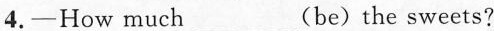
4.—How much___(be)the sweets?